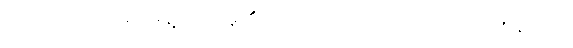
ဤသို့။ အဝေါစ၊ မိန့်တော်မူ၏။ တတိယံ၊ တတိသုတ်သည်။ နိဋ္ဌိတံ၊